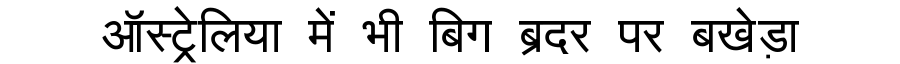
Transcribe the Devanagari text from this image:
ऑस्ट्रेलिया में भी बिग ब्रदर पर बखेड़ा